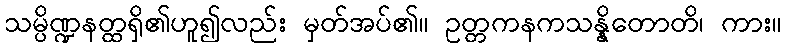
သမ္ပိဏ္ဍနတ္ထရှိ၏ဟူ၍လည်း မှတ်အပ်၏။ ဥတ္တကနကသန္နိတောတိ၊ ကား။